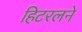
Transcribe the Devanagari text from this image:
हिटरलने